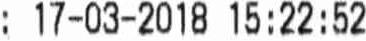
: 17-03-2018 15:22:52